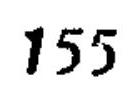
\(155\)